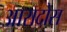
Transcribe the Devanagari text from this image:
आरादोस